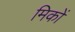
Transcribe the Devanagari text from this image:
मिकों